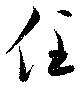
住